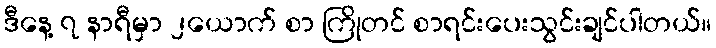
ဒီနေ့ ၇ နာရီမှာ ၂ယောက် စာ ကြိုတင် စာရင်းပေးသွင်းချင်ပါတယ်။